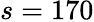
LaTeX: s=170